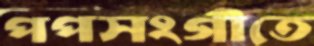
পপসংগীতে